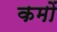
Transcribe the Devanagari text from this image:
कमों